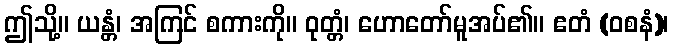
ဤသို့။ ယန္တံ၊ အကြင် စကားကို။ ဝုတ္တံ၊ ဟောတော်မူအပ်၏။ ဧတံ (ဝစနံ)၊